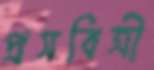
প্রসবিত্রী